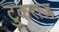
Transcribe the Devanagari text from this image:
टुकराज़